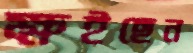
ক্ষইছেন